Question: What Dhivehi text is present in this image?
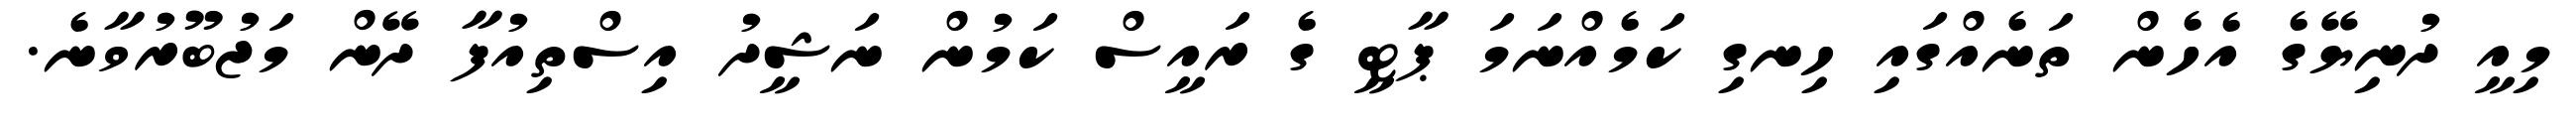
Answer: މިއީ ދުނިޔޭގެ އެހެން ތަނެއްގައި ހިނގި ކަމެއްނަމަ ޕާޓީ ގެ ރައީސް ކަމުން ނަޝީދު އިސްތިއުފާ ދޭން މަޖުބޫރުވާނެ.